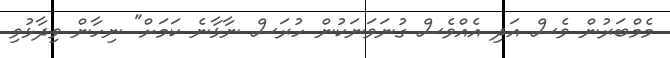
މެމްބަރުން ވެސް އަދި އެއްވެސް ގުނަވަނަކުން ހުރަސް ނާޅާނެ ކަމަށް" ނިހާން ވިދާޅުވި